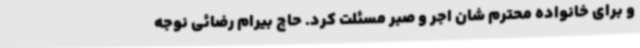
و برای خانواده محترم شان اجر و صبر مسئلت کرد. حاج بیرام رضائی نوجه